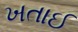
ખતાઈ